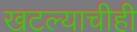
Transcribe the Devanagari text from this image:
खटल्याचीही